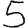
Digit: 5